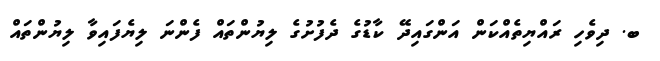
ބ. ދިވެހި ރައްޔިތެއްކަން އަންގައިދޭ ކާޑުގެ ދެފުށުގެ ލިޔުންތައް ފެންނަ ލިޔެފައިވާ ލިޔުންތައް